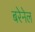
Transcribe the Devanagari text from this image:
बरेनेल